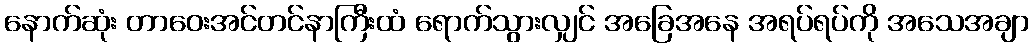
နောက်ဆုံး တာဝေးအင်တင်နာကြီးထံ ရောက်သွားလျှင် အခြေအနေ အရပ်ရပ်ကို အသေအချာ